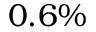
0 . 6 \%